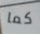
كما